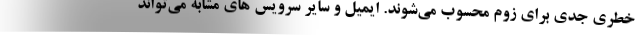
خطری جدی برای زوم محسوب می‌شوند. ایمیل و سایر سرویس های مشابه می‌تواند